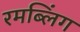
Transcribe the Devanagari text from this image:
रमब्लिंग